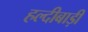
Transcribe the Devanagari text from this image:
हल्दीबाड़ी